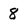
Character: 8